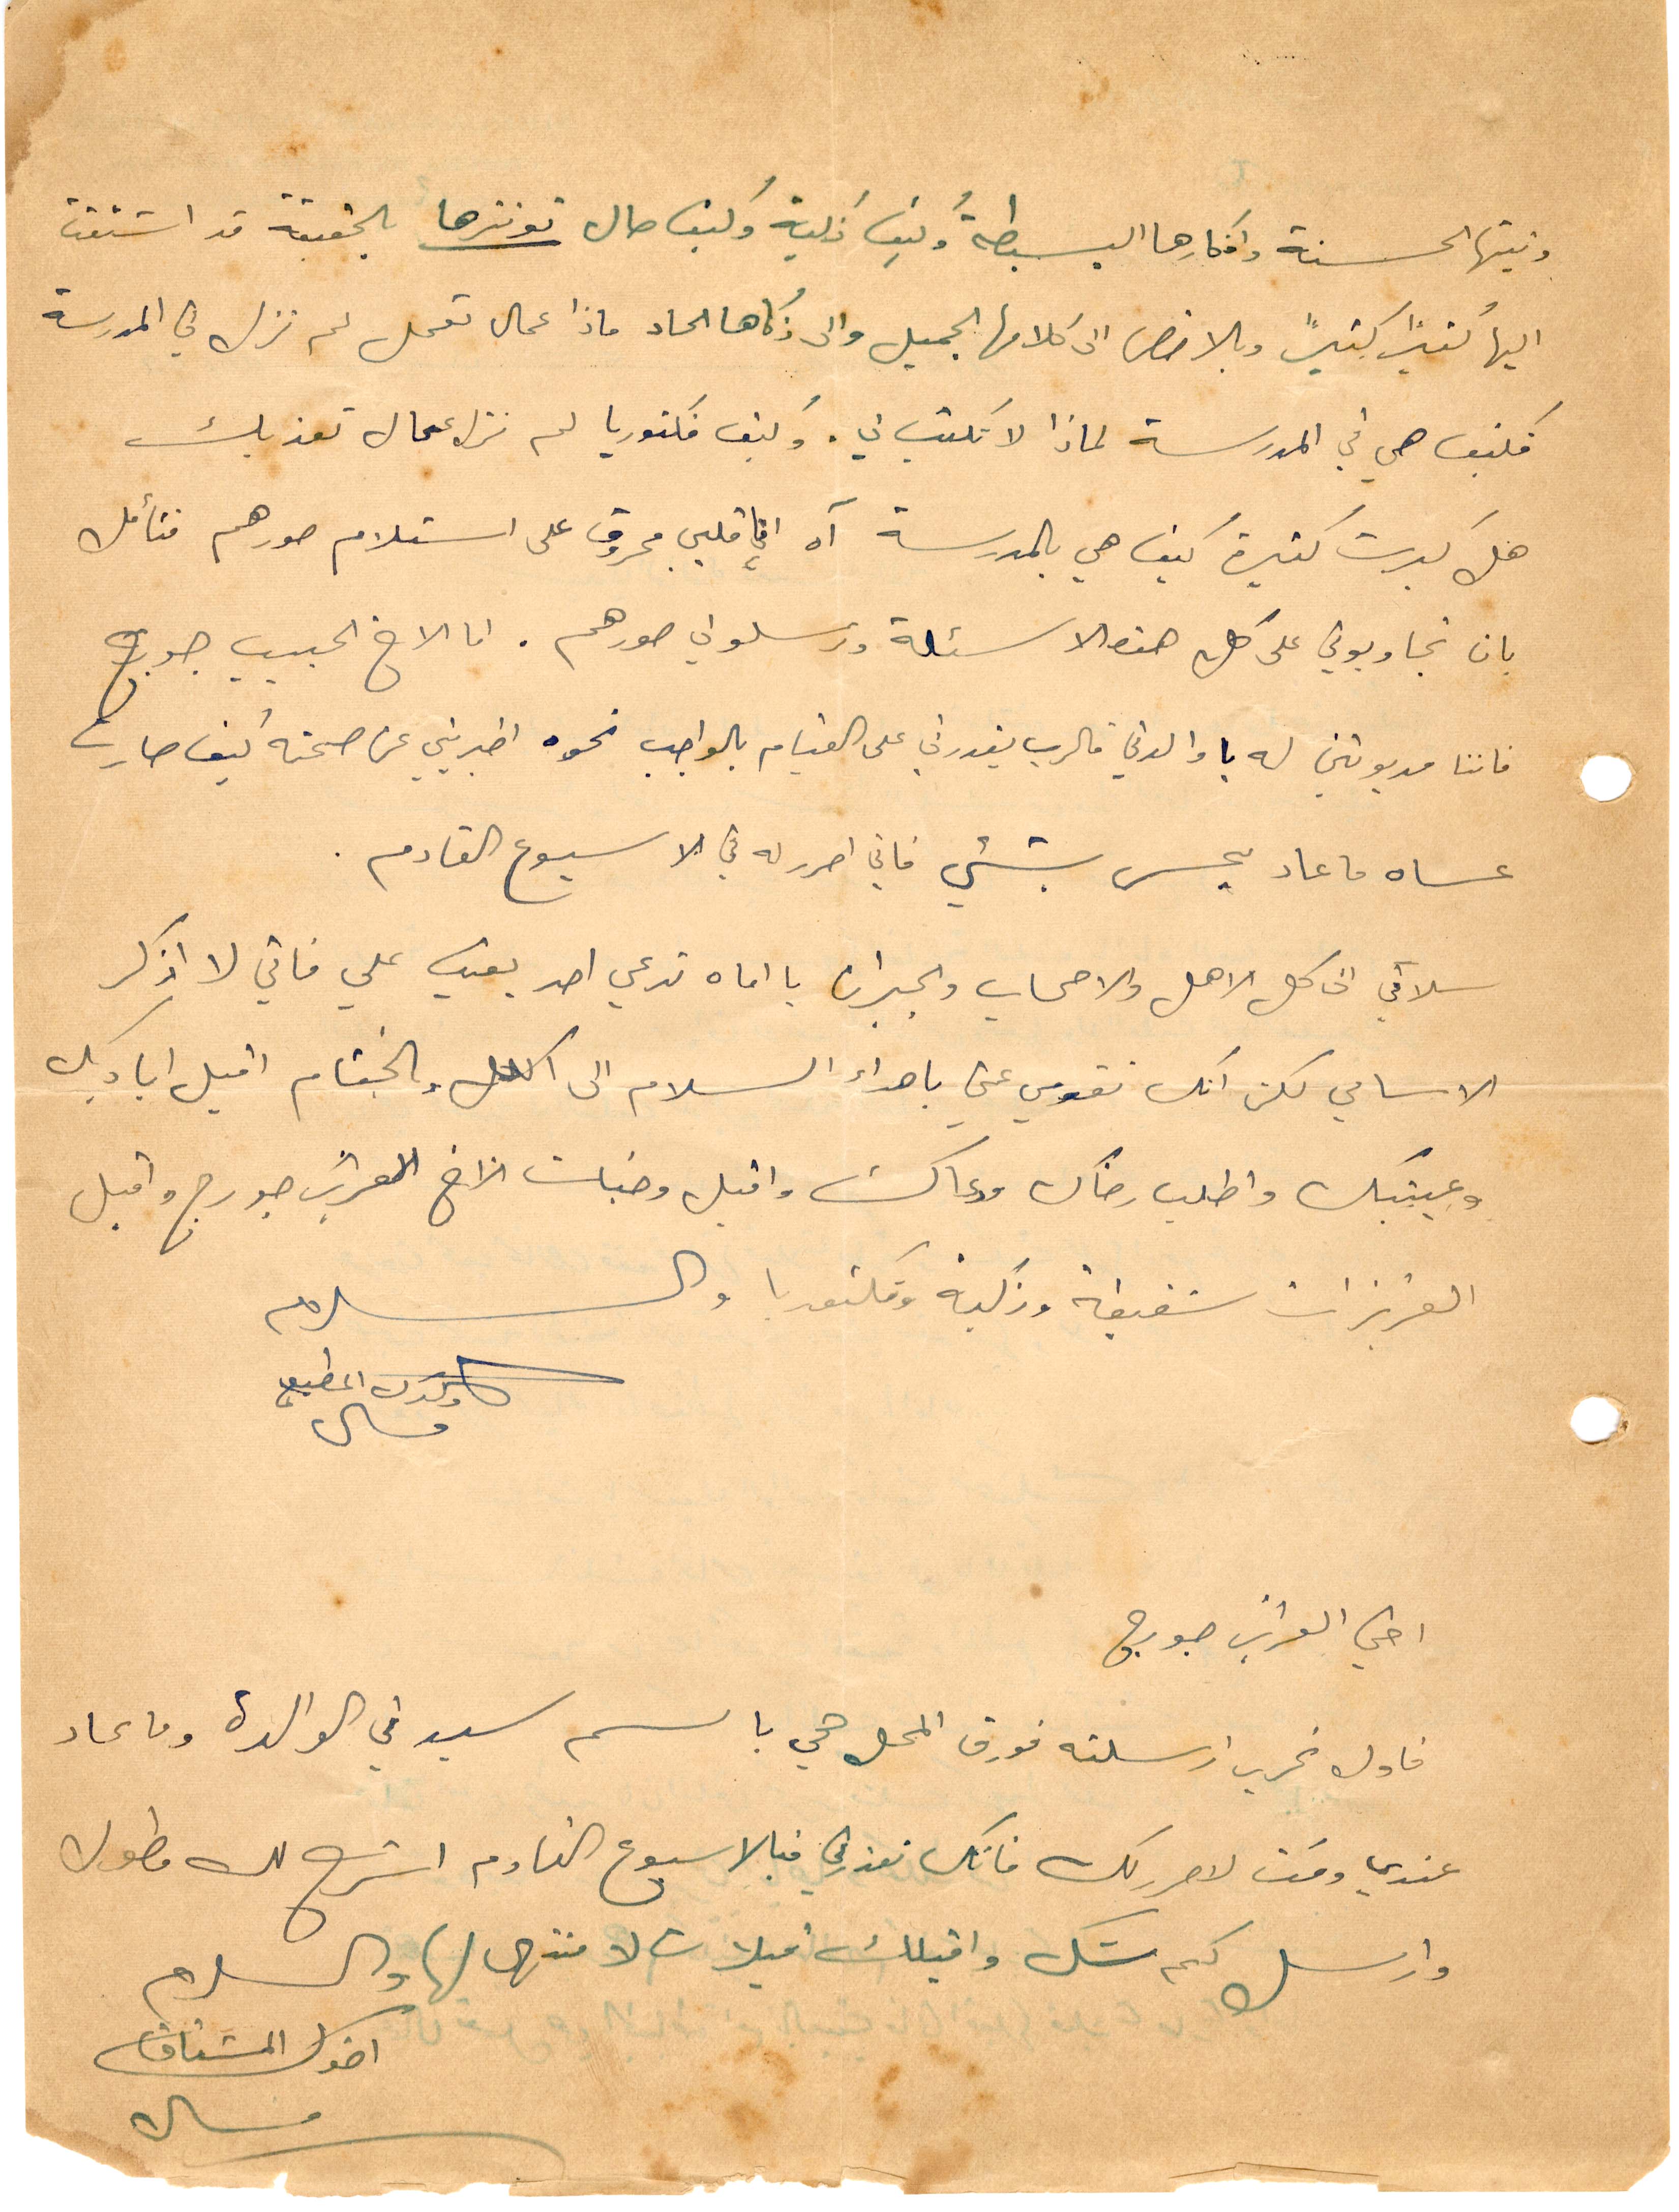
ونيتها الحسنة وافكارها البسيطة وكيف زكية وكيف حال توترها بالحقيقة قد اشتقت
اليها كثيرًا كثيرًا وبالأخص الى كلامها الجميل والى ذكائها الحاد ماذا عمال تعمل لم تزل في المدرسة
فكيف هي في المدرسة لماذا لا تكتب لي. وكيف فكتوريا لم تزل عمال تعذبك
هل كبرت كثيرة كيف هي بالمدرسة آن انا قلبي محروق على استلام صورهم فتأمل
ان تجيبوني على كل هذه الأسئلة وترسلو لي صورهم. اما الأخ الحبيب جورج
فاننا مديون له يا والدتي فالرب يقدرني على القيام بالواجب نحوه اخبرني عن صحته كيف صارت
عساه ما عاد يحس بشيء فاني احرر له في الأسبوع القادم
سلامي الى كل الاهل والاصحاب والجيران يا اماه تدعي احد يعتب علي فاني لا اذكر
الاسامي لكن انك تقومي عني باهداء السلام الى الكل وبالختام اقبل اياديك
وعينيك واطلب رضاك ودعاك وقبل وجنات الأخ العزيز جورج واقبل
العزيزات شفيقة وزكية وفكتوريا والسلام
اخي العزيز جورج
فاول تحرير ارسلته فوق المحل هي باسم سيدتي الوالدة وما عاد
عندي وقت لاححرك لك فانك تعذرني فبالاسبوع القادم اشرح لك مطول
وارسل كم شك واقبلك قبلات لا منتهى لها والسلام